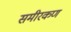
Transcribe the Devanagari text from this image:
समीरकण